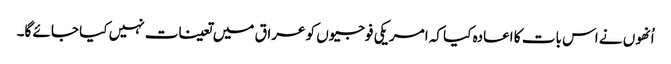
اُنھوں نے اس بات کا اعادہ کیا کہ امریکی فوجیوں کو عراق میں تعینات نہیں کیا جائے گا۔